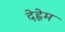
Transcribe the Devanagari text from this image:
देह्लेम